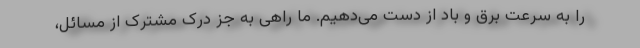
را به سرعت برق و باد از دست می‌دهیم. ما راهی به جز درک مشترک از مسائل،